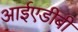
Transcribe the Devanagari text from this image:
आईएडीबी